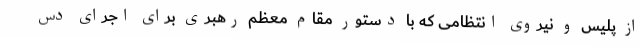
از پلیس و نیروی انتظامی که با دستور مقام معظم رهبری برای اجرای دس